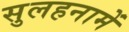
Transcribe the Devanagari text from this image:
सुलहनामें